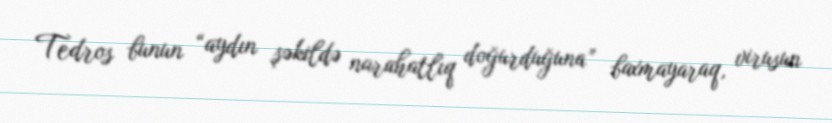
Tedros bunun “aydın şəkildə narahatlıq doğurduğuna” baxmayaraq, virusun